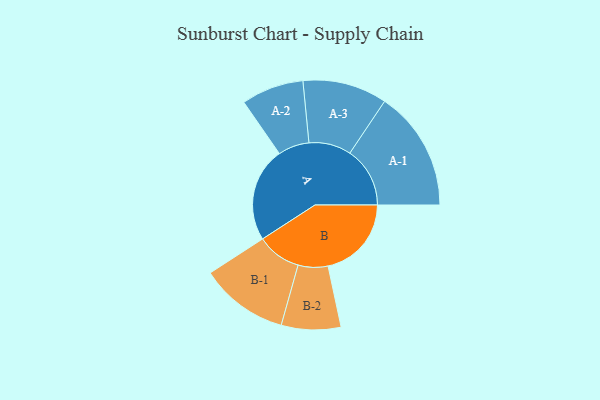
{"axis": {"x": "Segment", "y": "Value"}, "legend": ["", "A", "B"], "data": [{"x": "A", "y": 454, "type": ""}, {"x": "B", "y": 401, "type": ""}, {"x": "A-1", "y": 289, "type": "A"}, {"x": "A-2", "y": 150, "type": "A"}, {"x": "A-3", "y": 203, "type": "A"}, {"x": "B-1", "y": 213, "type": "B"}, {"x": "B-2", "y": 143, "type": "B"}]}